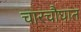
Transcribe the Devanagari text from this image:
चारचौघात